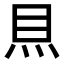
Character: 𥄧